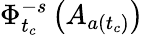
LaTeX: \Phi_{t_{c}}^{-s}\left(A_{a(t_{c})}\right)